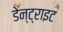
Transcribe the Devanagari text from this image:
डेन्ट्राइट